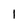
Character: 1